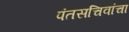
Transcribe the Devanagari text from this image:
पंतसचिवांचा